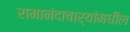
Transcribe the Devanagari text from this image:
रामानंदाचार्यांमधील